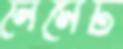
লেমেট